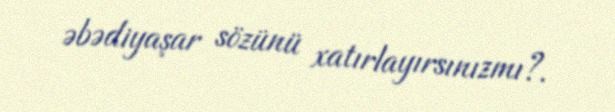
əbədiyaşar sözünü xatırlayırsınızmı?.